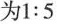
为1:5